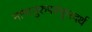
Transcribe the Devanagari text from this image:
नामानुरुपस्फुरदर्थ